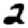
Digit: 2